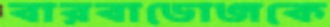
বারবাডোজকে